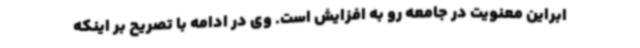
ابراین معنویت در جامعه رو به افزایش است. وی در ادامه با تصریح بر اینکه